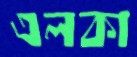
এলকা